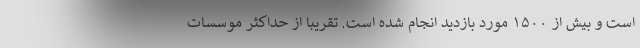
‌است و بیش از ۱۵۰۰ مورد بازدید انجام شده است. تقریبا از حداکثر موسسات